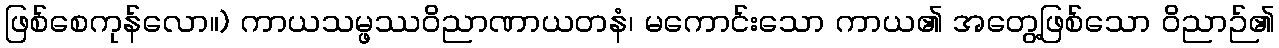
ဖြစ်စေကုန်လော။) ကာယသမ္ဖဿဝိညာဏာယတနံ၊ မကောင်းသော ကာယ၏ အတွေ့ဖြစ်သော ဝိညာဉ်၏